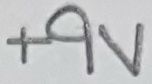
Text: +9V